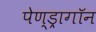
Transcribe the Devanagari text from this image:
पेण्ड्रागॉन